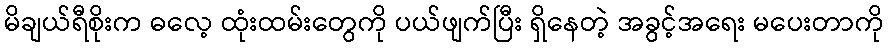
မိချယ်ရီစိုးက ဓလေ့ ထုံးထမ်းတွေကို ပယ်ဖျက်ပြီး ရှိနေတဲ့ အခွင့်အရေး မပေးတာကို